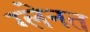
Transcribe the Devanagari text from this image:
ग्लेनत